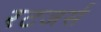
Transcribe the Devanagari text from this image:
रटजर्स